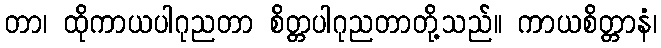
တာ၊ ထိုကာယပါဂုညတာ စိတ္တပါဂုညတာတို့သည်။ ကာယစိတ္တာနံ၊